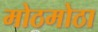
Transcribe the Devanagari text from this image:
मोठमोठा